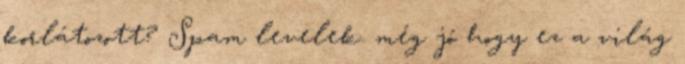
korlátozott? Spam levelek. még jó hogy ez a világ